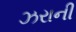
ઝરાની